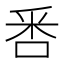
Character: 𠳅